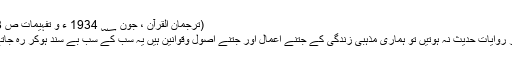
(ترجمان القرآن ، جون ؁ 1934 ء و تفہیمات ص 283 )
(د) اگر روایاتِ حدیث نہ ہوتیں تو ہماری مذہبی زندگی کے جتنے اعمال اور جتنے اصول وقوانین ہیں یہ سب کے سب بے سند ہوکر رہ جاتے ہیں۔